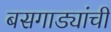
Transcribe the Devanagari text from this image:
बसगाड्यांची